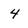
Character: 4